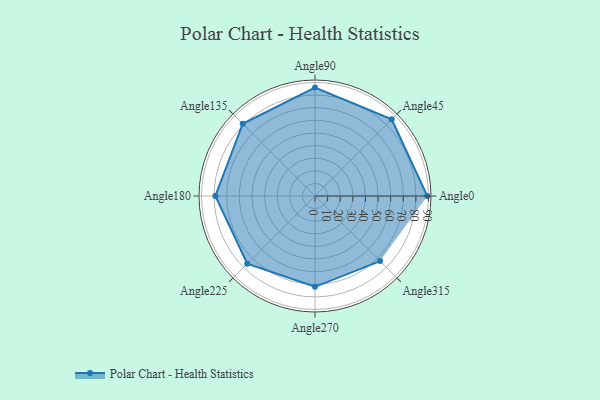
{"axis": {"x": "Angle", "y": "Radius"}, "legend": [""], "data": [{"x": "Angle0", "y": 89.0, "type": ""}, {"x": "Angle45", "y": 86.0, "type": ""}, {"x": "Angle90", "y": 86.0, "type": ""}, {"x": "Angle135", "y": 81.0, "type": ""}, {"x": "Angle180", "y": 79.0, "type": ""}, {"x": "Angle225", "y": 76.0, "type": ""}, {"x": "Angle270", "y": 72.0, "type": ""}, {"x": "Angle315", "y": 73.0, "type": ""}]}